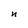
Character: n